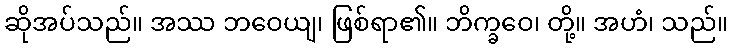
ဆိုအပ်သည်။ အဿ ဘဝေယျ၊ ဖြစ်ရာ၏။ ဘိက္ခဝေ၊ တို့။ အဟံ၊ သည်။